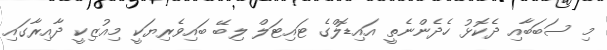
މި ސަބަބާއި ދެކޮޅު ހެދެންނެތީ އައިޑޮލްގެ ޓައިޓަލް ލިބޭ ބައިވެރިޔަކީ މިއުޒިކީ ދާއިރާގައި